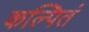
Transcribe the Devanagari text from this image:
कल्पितं